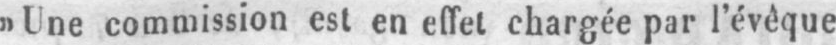
»Une commission est en effet chargée par l’évêque